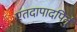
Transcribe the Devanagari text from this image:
एतदापादपितुं